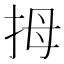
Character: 拇